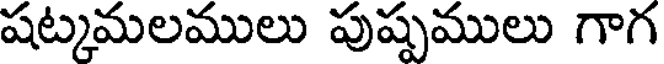
షట్కమలములు పుష్పములు గాగ